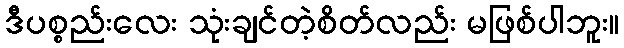
ဒီပစ္စည်းလေး သုံးချင်တဲ့စိတ်လည်း မဖြစ်ပါဘူး။